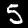
Label: 5